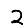
Digit: 2